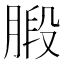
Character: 腶